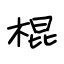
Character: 棍